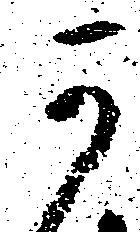
可